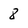
Character: 8